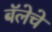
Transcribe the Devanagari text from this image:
बॅलेचे